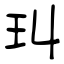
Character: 㺩